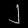
Digit: ၂